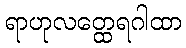
ရာဟုလတ္ထေရဂါထာ